Civil Veterinary Department Bihar & Orissa reports 1911-21 - 1911-1921
Year: 1911
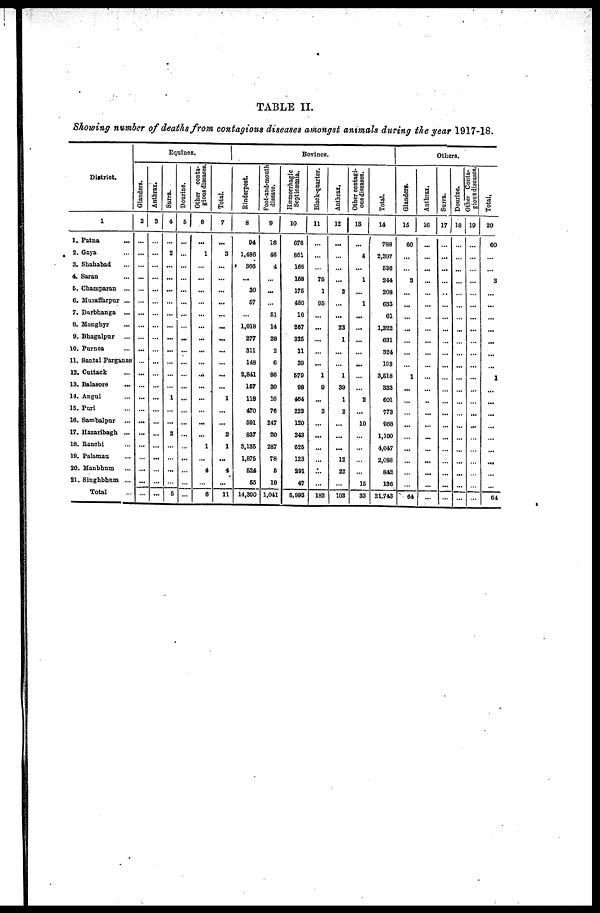
TABLE II.
Showing number of deaths from contagious diseases amongst animals during the year 1917-18.
District.
1
1. Patna ...
2. Gaya ...
3. Shahabad ...
4. Saran ...
6. Champaran ...
6. Muzaffarpur ...
7. Darbhanga ...
8. Mongbyr ...
9. Bhagalpur ...
10. Purnea ...
11. Santal Parganas
12. Cuttack ...
13. Balasore ...
14. Angul ...
15. Puri ...
16. Sambalpur ...
17. Hazaribagh ...
18. Banchi ...
10. Palaman ...
20. Manbhum ...
21. Singhbhum ...
Total ...
Glanders.
2
...
...
...
...
...
...
...
...
...
...
...
...
...
...
...
...
...
...
...
...
...
...
Antbrax.
3
...
...
...
...
...
...
...
...
...
...
...
...
...
...
...
...
...
...
...
...
...
...
Eqnines.
Sarra.
4
...
2
...
...
...
...
...
...
...
...
...
...
...
1
...
...
2
...
...
...
...
5
Dourine.
5
...
...
...
...
...
...
...
...
...
...
...
...
...
...
...
...
...
...
...
...
...
...
Other conta-
gions diseases.
6
...
1
...
...
...
...
...
...
...
...
...
...
...
...
...
...
...
1
...
4
...
6
Total.
7
...
3
...
...
...
...
...
...
...
...
...
...
...
1
...
...
2
1
...
4
...
11
Rinderpest.
8
94
1,486
306
...
30
67
...
1,018
277
311
148
2,841
167
118
470
591
837
3,135
1,875
624
65
14,390
Foot-and-mouth
disease.
9
10
46
4
...
...
...
61
14
28
2
6
90
30
16
76
247
20
287
78
6
19
1,041
Borines.
Hæmorrhagic
Septicæmia.
10
678
861
168
168
175
480
10
267
325
11
39
579
98
464
223
120
243
626
123
291
47
6,993
Black-quarter.
11
...
...
...
76
1
95
...
...
...
...
...
1
9
...
2
...
...
...
...
...
...
183
Anthrax,
12
...
...
...
...
2
...
...
23
1
...
...
1
39
1
2
...
...
...
12
22
...
103
Other contagi-
ous diseases.
13
...
4
...
1
...
1
...
...
...
...
...
...
...
2
...
10
...
...
...
...
15
33
Total.
14
788
2,397
536
244
208
633
61
1,322
631
324
198
3,518
333
601
773
988
1,100
4,047
2,088
842
136
21.743
Glanders.
16
60
...
...
3
...
...
...
...
...
...
...
1
...
...
...
...
...
...
...
...
...
64
Others.
Anthrax.
16
...
...
...
...
...
...
...
...
...
...
...
...
...
...
...
...
...
...
...
...
...
...
| Surra.
17
...
...
...
...
...
...
...
...
...
...
...
...
...
...
...
...
...
...
...
...
...
...
Dourine.
18
...
...
...
...
...
...
...
...
...
...
...
...
...
...
..
...
...
...
...
...
Other Conta-
gious diseases
19
...
...
...
...
...
...
...
...
...
...
...
...
...
...
...
...
...
...
...
...
...
...
I Total,
20
60
...
...
3
...
...
...
...
...
...
...
1
...
...
...
...
...
...
61